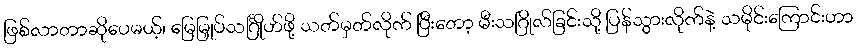
ဖြစ်လာတာဆိုပေမယ့်၊ မြေမြှုပ်သင်္ဂြိုဟ်ဖို့ သတ်မှတ်လိုက် ပြီးတော့ မီးသဂြိုလ်ခြင်းသို့ ပြန်သွားလိုက်နဲ့ သမိုင်းကြောင်းဟာ